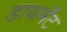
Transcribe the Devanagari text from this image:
डायमॅंट